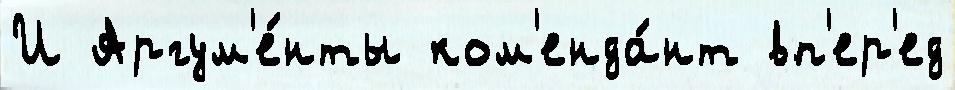
И Аргум'е́нты ком'енда́нт вп'ер'ед